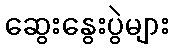
ဆွေးနွေးပွဲများ